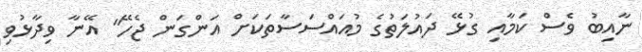
ނާއިބު ވެސް ކަމާއި ގުޅޭ ދައުލަތުގެ މުއައްސަސާތަކަށް އަންގަން ޖެހޭ" އޭނާ ވިދާޅުވި